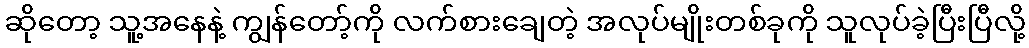
ဆိုတော့ သူ့အနေနဲ့ ကျွန်တော့်ကို လက်စားချေတဲ့ အလုပ်မျိုးတစ်ခုကို သူလုပ်ခဲ့ပြီးပြီလို့